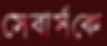
সেবার্সকে